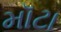
મૉટા